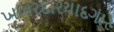
ખબરદારયાદગાર